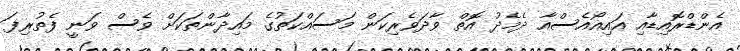
އެންޑްރޮއިޑާއި އައިއޯއެސްއާ ދެމެދު އޮތް ވާދަވެރިކަން މަސައްކަތުގެ މައިދާންތަކަށް ވެސް ވަނީ ފެތުރިފަ